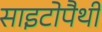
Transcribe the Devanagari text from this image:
साइटोपैथी